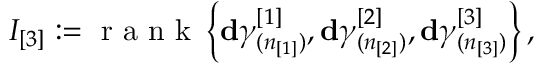
I _ { [ 3 ] } : = \mathrm { ~ r ~ a ~ n ~ k ~ } \left\{ \mathbf { d } \gamma _ { ( n _ { [ 1 ] } ) } ^ { [ 1 ] } , \mathbf { d } \gamma _ { ( n _ { [ 2 ] } ) } ^ { [ 2 ] } , \mathbf { d } \gamma _ { ( n _ { [ 3 ] } ) } ^ { [ 3 ] } \right\} ,